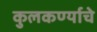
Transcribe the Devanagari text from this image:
कुलकर्ण्याचे